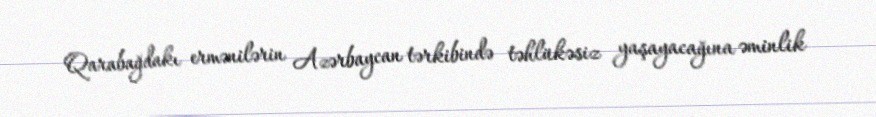
Qarabağdakı ermənilərin Azərbaycan tərkibində təhlükəsiz yaşayacağına əminlik